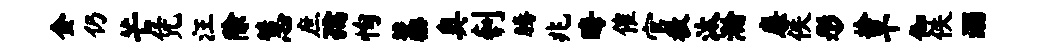
金仍芒凭汪除慧庶孺恂藁奥刳腾兆晦催官教汰瀚廉佚彤拾旱伽佚溺